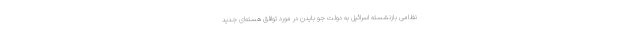
نظامی بازنشسته اسرائیل به دولت جو بایدن در مورد توافق هسته‌ای جدید